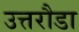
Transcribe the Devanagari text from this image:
उत्तरौडा